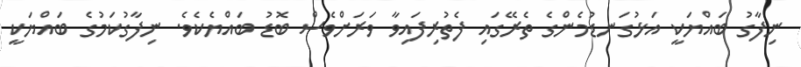
ނިފާގު ބައްޔަކީ އަޅުގަނޑުމެންގެ ތެރޭގައި ފެތުރިފައިވާ ވަރަށްވެސް ބޮޑު ބައްޔެކެވެ. ނިފާގުކަމުގެ ބައްޔަކީ